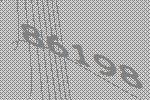
86198